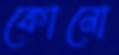
কোনো